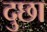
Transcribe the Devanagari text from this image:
दुछा